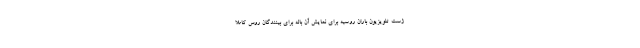
ژست تلویزیون باران روسیه برای نمایش آن باله برای بینندگان روس کاملا